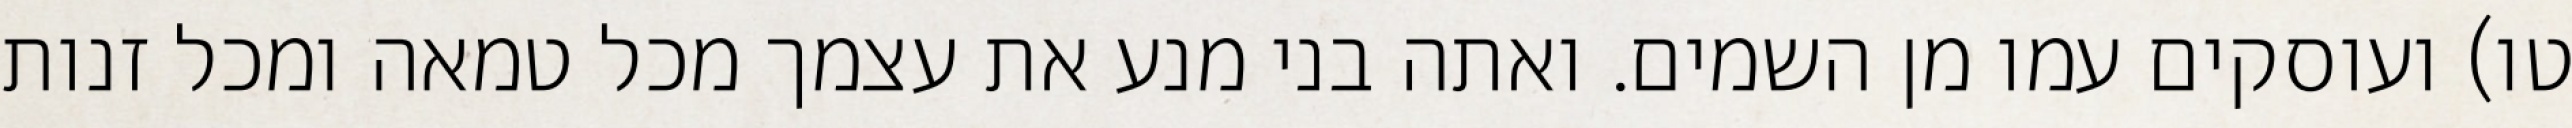
טו) ועוסקים עמו מן השמים. ואתה בני מנע את עצמך מכל טמאה ומכל זנות